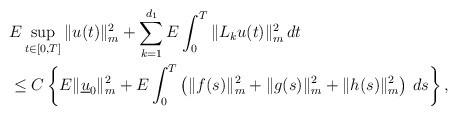
\begin{align*}&E\sup_{t\in[0,T]}\|u(t)\|_m^2+\sum_{k=1}^{d_1}E\int_{0}^T\|L_ku(t)\|_m^2\,dt\\&\leq C\left\{E\|\underline{u}_0\|_m^2 + E\int_{0}^T \left(\|f(s)\|_m^2+\|g(s)\|_m^2+\|h(s)\|_m^2\right)\,ds\right\},\end{align*}